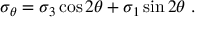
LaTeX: \sigma _ { \theta } = \sigma _ { 3 } \cos 2 \theta + \sigma _ { 1 } \sin 2 \theta ~ .